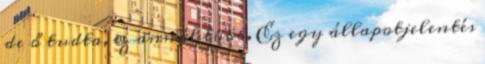
de ő tudta, ez annál több. Ez egy állapotjelentés